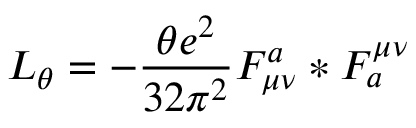
{ \cal L } _ { \theta } = - \frac { \theta e ^ { 2 } } { 3 2 \pi ^ { 2 } } F _ { \mu \nu } ^ { a } * F _ { a } ^ { \mu \nu }